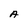
Character: A